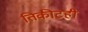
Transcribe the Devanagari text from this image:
तिकीटही